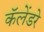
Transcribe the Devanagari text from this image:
कॅलेंडरे